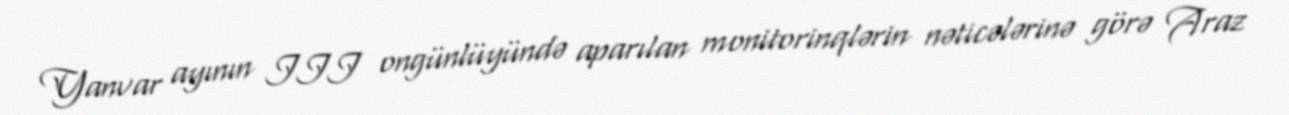
Yanvar ayının III ongünlüyündə aparılan monitorinqlərin nəticələrinə görə Araz